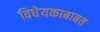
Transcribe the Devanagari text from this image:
विधेयकाबाबत